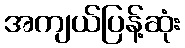
အကျယ်ပြန့်ဆုံး